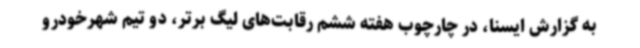
به گزارش ایسنا، در چارچوب هفته ششم رقابت‌های لیگ برتر، دو تیم شهرخودرو